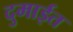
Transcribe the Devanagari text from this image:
दुमाईत